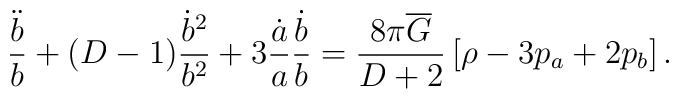
\frac{\ddot{b}}{b} + (D - 1) \frac{\dot{b}^2}{b^2}	+ 3 \frac{\dot{a}}{a} \frac{\dot{b}}{b} 	= \frac{8 \pi \overline{G}}{D+2} \left[	\rho - 3 p_a + 2 p_b	\right] .